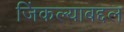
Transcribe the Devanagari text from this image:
जिंकल्याबद्दल